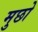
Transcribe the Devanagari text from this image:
मुछो